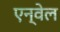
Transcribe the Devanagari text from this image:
एन्वेल